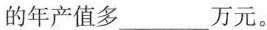
的年产值多_______万元。